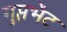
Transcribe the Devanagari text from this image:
गुप्तभेंट